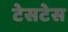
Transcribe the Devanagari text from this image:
टेसटेस